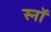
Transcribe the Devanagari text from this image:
स्नॉ